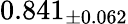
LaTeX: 0.841_{\pm 0.062}